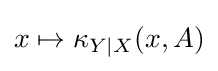
x\mapsto \kappa _{Y\mid X}(x,A)